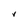
Character: v